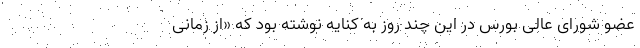
عضو شورای عالی بورس در این چند روز به کنایه نوشته بود که «از زمانی